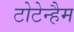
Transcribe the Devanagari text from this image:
टोटेन्हैम